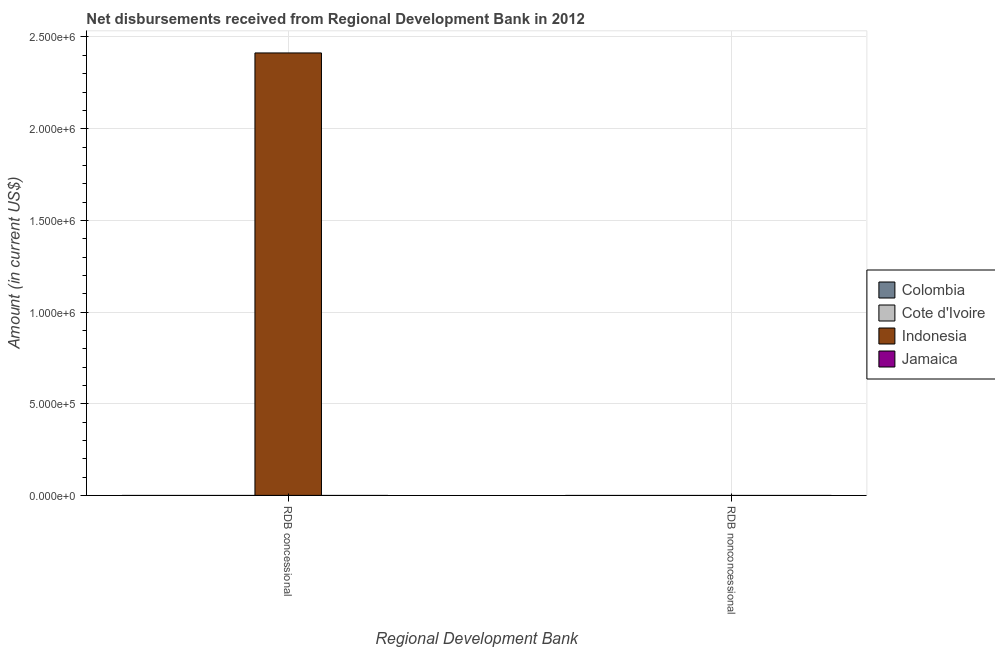
| Regional Development Bank | Colombia | Cote d'Ivoire | Indonesia | Jamaica |
 | --- | --- | --- | --- | --- |
 | RDB concessional | -6.43e+06 | -2.01e+06 | 2.41e+06 | -3.76e+06 |
 | RDB nonconcessional | -1.24e+08 | -2.1e+07 | -3.26e+08 | -5.35e+07 |